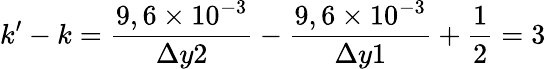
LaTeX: k’-k=\frac{9,6\times 10^{-3}}{\Delta y2}-\frac{9,6\times 10^{-3}}{\Delta y1}+\frac{1}{2}=3